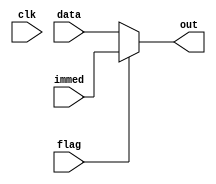
`timescale 1ns / 1ps
//////////////////////////////////////////////////////////////////////////////////
// Company: 
// Engineer: 
// 
// Design Name: 
// Module Name: MUX
// Project Name: 
// Target Devices: 
// Tool Versions: 
// Description: 
// 
// Dependencies: 
// 
// Revision:
// Revision 0.01 - File Created
// Additional Comments:
// 
//////////////////////////////////////////////////////////////////////////////////


module MUX(
    input clk,
    input [63:0] data,
    input [63:0] immed,
    input flag,
    output reg [63:0] out
);

    always@(data, immed, flag)begin
        if (flag==0)
            out <= data;
        else
            out <=immed;
    end
endmodule